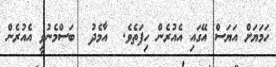
ހަމަޔަށް އަޔަސް އޭގައި އެއުރެން ހިފަތެވެ.  އާމެދު  ބަސްމެނުވީ އެއުރެން